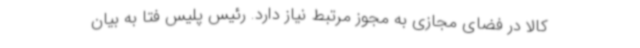
کالا در فضای مجازی به مجوز مرتبط نیاز دارد. رئیس پلیس فتا به بیان